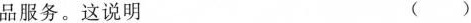
品服务。这说明 ()